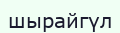
шырайгүл